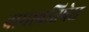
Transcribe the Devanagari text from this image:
बाघाप्रतिषेघ